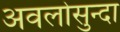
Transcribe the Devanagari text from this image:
अवलोसुन्दा